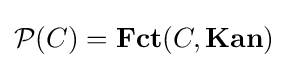
{\mathcal {P}}(C)={\textbf {Fct}}(C,{\textbf {Kan}})